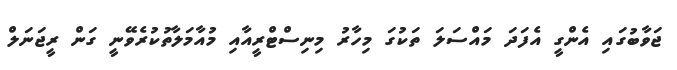
ޖަވާބުގައި އެންގީ އެފަދަ މައްސަލަ ތަކުގަ މިހާރު މިނިސްޓްރީއާއި މުއާމަލާތުކުރެވޭނީ ގަން ރީޖަނަލް